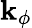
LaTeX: \mathbf{k}_{\phi}